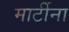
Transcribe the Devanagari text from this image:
मार्टीना